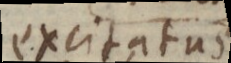
excitatus